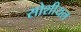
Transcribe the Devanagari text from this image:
सोशीयल